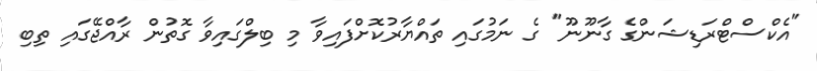
"އެކްސްޓްރަޑިޝަންގެ ގާނޫނޫ" ގެ ނަމުގައި ތައްޔާރުކޮށްފައިވާ މި ބިލްގައިވާ ގޮތުން ރާއްޖޭގައި ތިބި